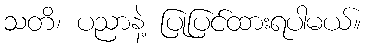
သတိ၊ ပညာနဲ့ ပြုပြင်ထားရပါမယ်။